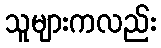
သူများကလည်း